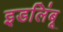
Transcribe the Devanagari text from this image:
इडलिंबू